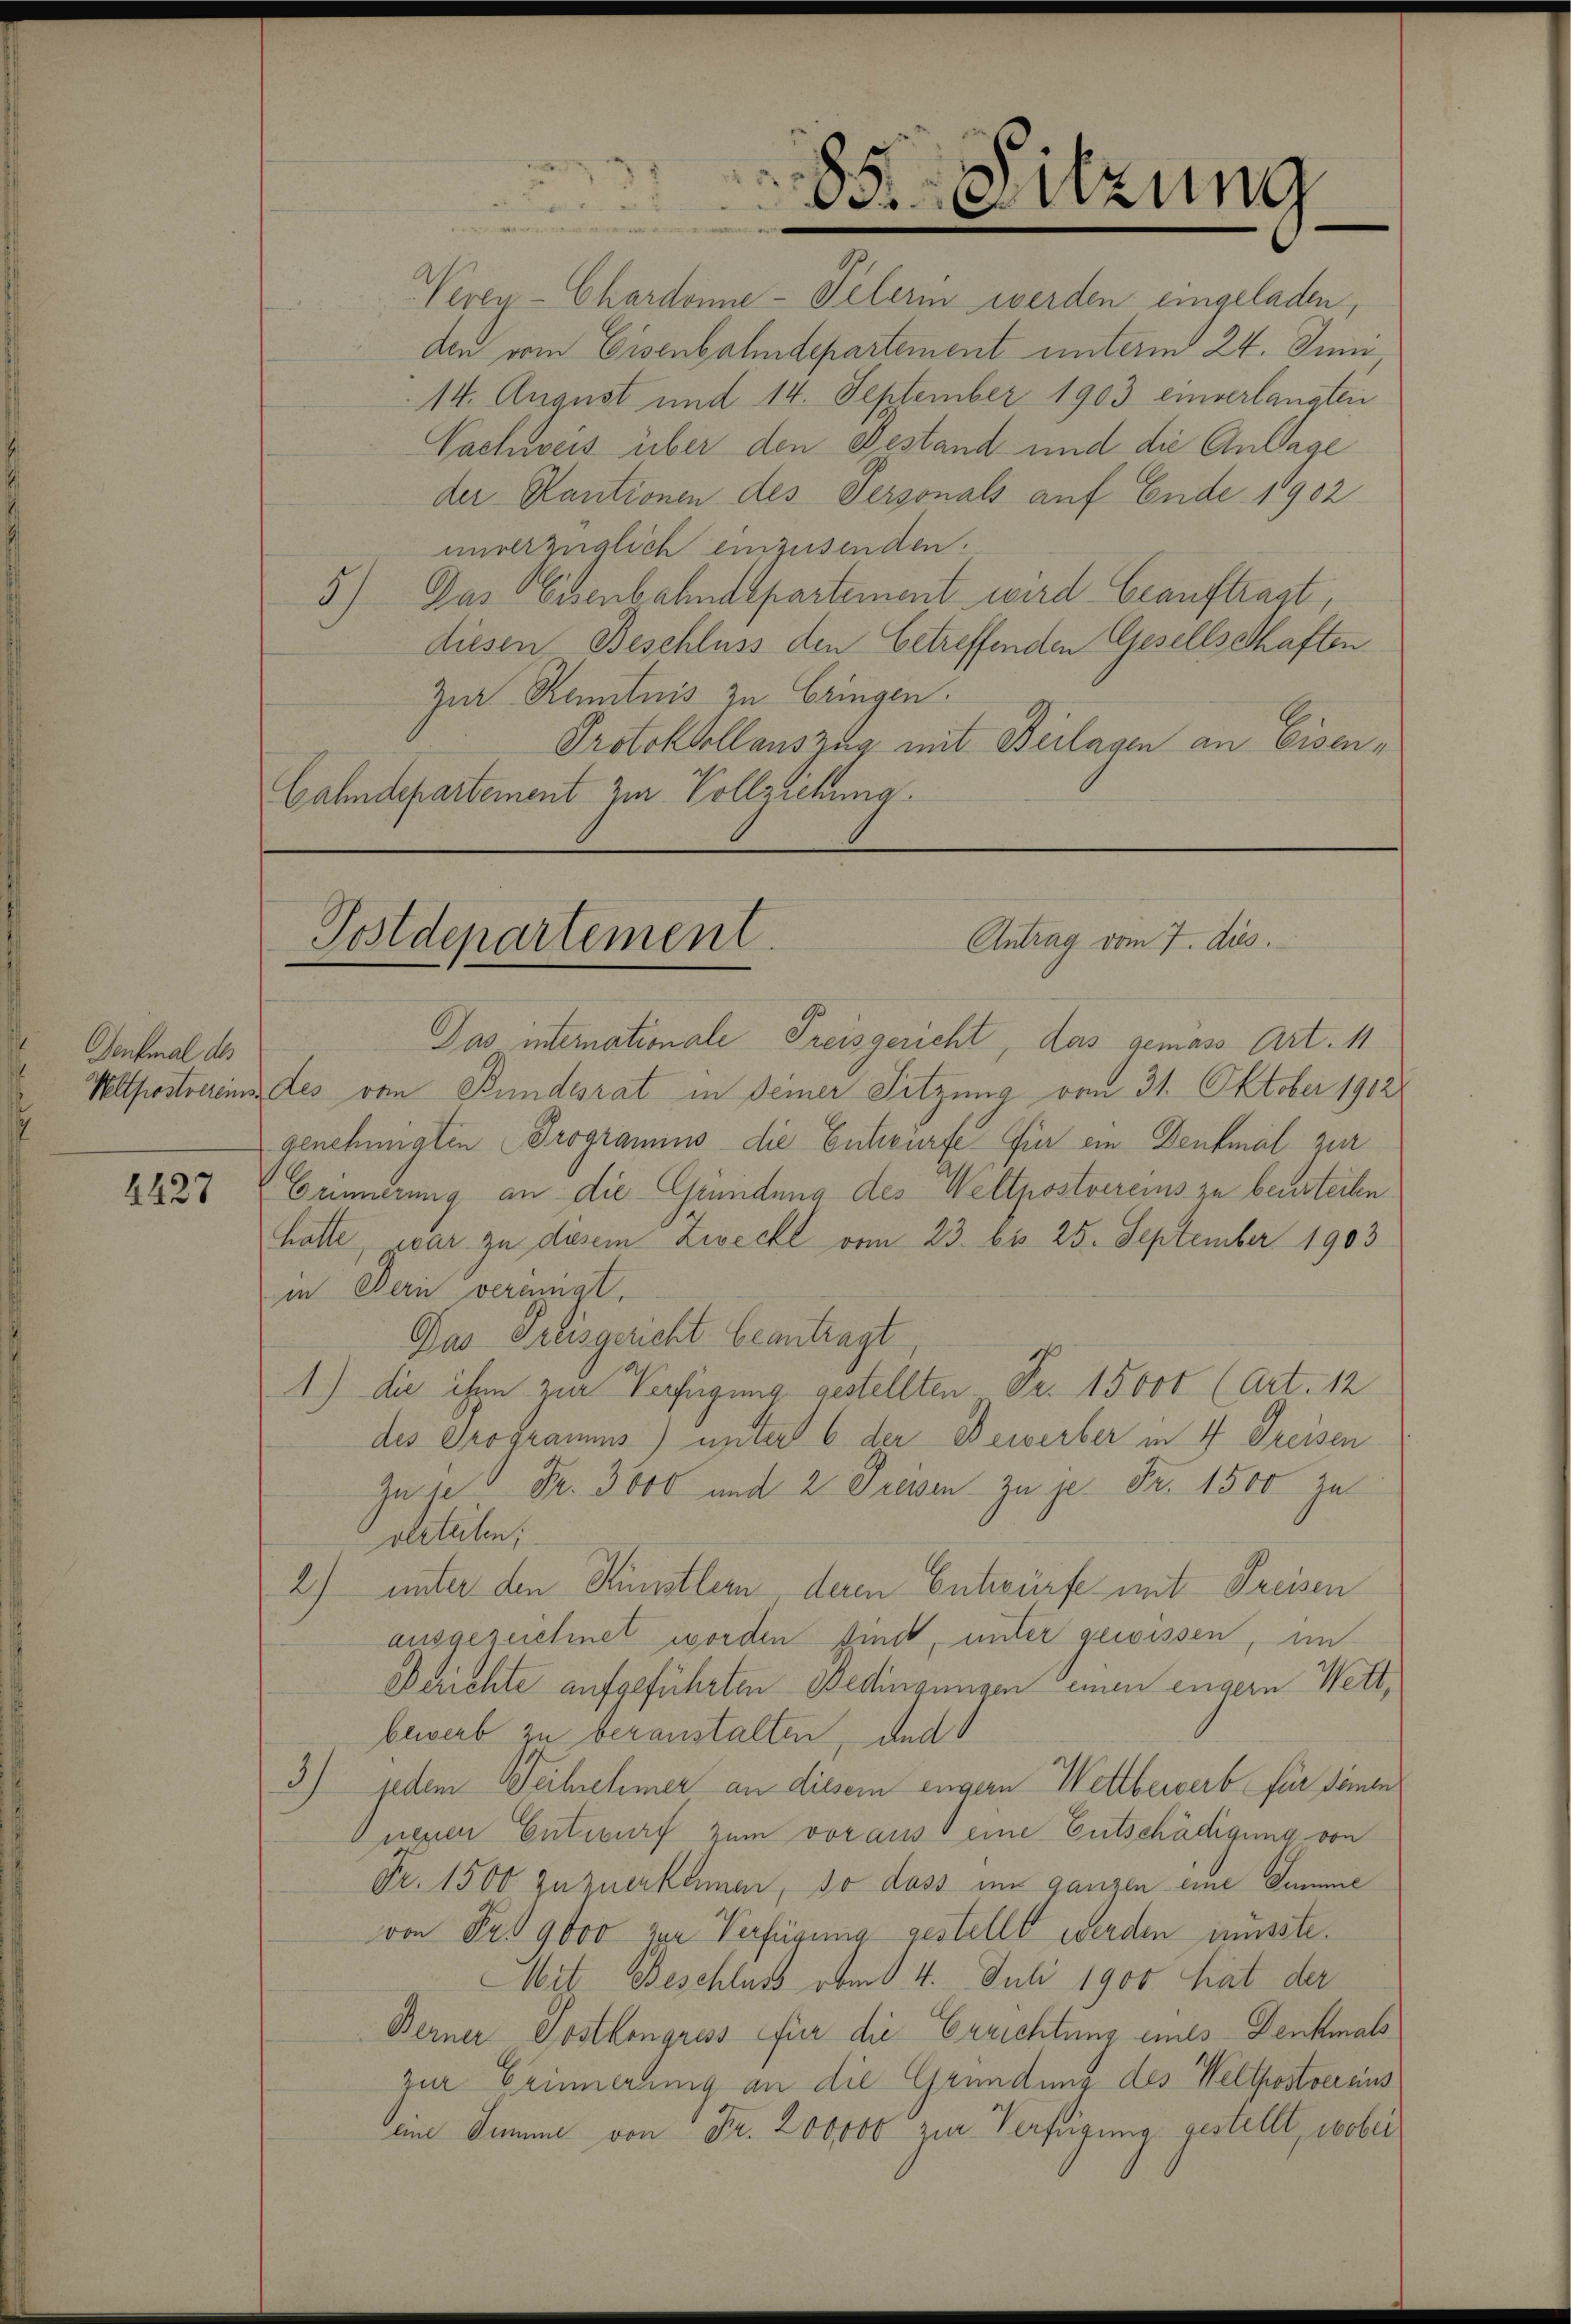
Genkmal des

4427

Vevey-Chardonne-Pelerin werden eingeladen,
den vom Eisenbahndepartement unterm 24. Juni
14. August und 14. September 1903 einverlangten
Vachweis über den Gestand und die Anlage

.
88. Sitzung

der Kautionen des Personals auf Ende 1902
unverzüglich einzusenden.
5.) Das Eisenbahndepartement wird beauftragt,
diesen Beschluss den betreffenden Gesellschaften
Zur Kenntnis zu bringen.
Protokollauszug mit Beilagen an Eisen¬
Gahndepartement zur Vollziehung.

Antrag vom 7. dies
Postdepartement.

Das intemationale Freisgericht, das gemäss Art. 11
Wltpostvereins des von Bundesrat in Deiner Sitzung vom 31. Oktober 1902
genehmigten Programins die Entwürfe für ein Denkmal zur
Geinnerung an die Gründung des Weltpostvereins zu beurteilen
hatte, war zu diesem Zweckt vom 23. bis 25. September 1903
in Bern vereinigt.
Das Greisgericht beantragt
1.) die ihm zur Verfügung gestellten Fr. 15000 (Art. 12
des Programms) unter 6 der Bewerber in 4 Dreisen
Juses Fr. 3000 und 2 Preisen zu je Fr. 1500 zu
verteilen;
2) unter den Künstlern deren Entwürfe mit Preisen
ausgezeichnet worden sind, unter gewissen, in
Berichte aufgeführten Bedingungen einen engern Wettbewerb zu beranstalten, und
3).
jedem Teilnehmer an diesem engern Wettbewerb für seine
nenen Entwurf zum voraus eine Entschädigung von
Fr. 1500 zuzuerkamen, so dass im ganzen eine Summe
von Fr. 9000 zur Verfügung gestellt werden musste.
Mit Beschluss obend 4. Juli 1900 hat der
Berner Postkongress für die Errichtung eines Denkmals
zur Erinnerung an die Gründung des Weltpostvereins
ein Summe von Fr. 200000 zur Verfügung gestellt, wobei